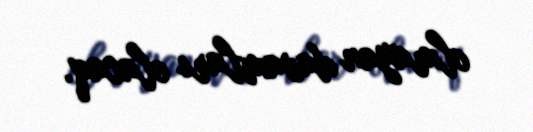
olmayan davamları olacaq.